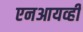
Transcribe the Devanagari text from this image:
एनआयव्ही